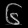
Digit: ၆